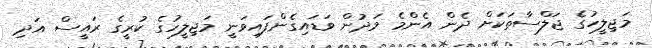
މަޖިލީހުގެ ޖަލްސާތަކަށް ދެން އެންމެ މަދުން ވަޑައިގެންފައިވަނީ މަޖިލީހުގެ ކުރީގެ ރައީސް އަދި